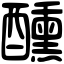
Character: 醺